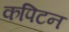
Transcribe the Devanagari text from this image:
कपिटन